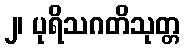
၂၊ ပုရိသဂတိသုတ္တ